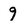
Character: 9